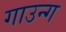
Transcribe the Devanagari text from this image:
गाउन्ग